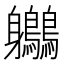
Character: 𪈬